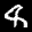
Label: 8